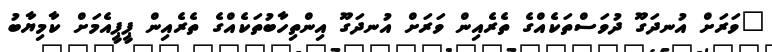
"ވަރަށް އުނދަގޫ ދުވަސްތަކެއްގެ ތެރެއިން ވަރަށް އުނދަގޫ އިންތިހާބުތަކެއްގެ ތެރެއިން ޕީޕީއެމަށް ކާމިޔާބު